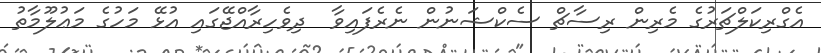
އެގްރިކަލްޗަރުގެ މެރިން ރިސާޗް ސެކްޝަނުން ނެރެފައިވާ  ދިވެހިރާއްޖޭގައި އުޅޭ މަހުގެ މަޢުލޫމާތު